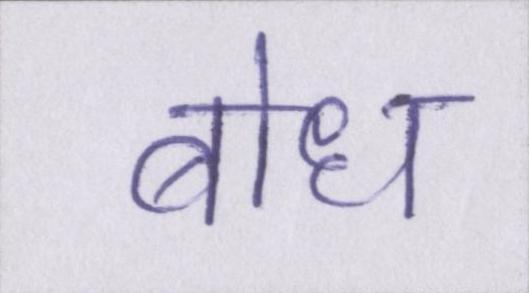
बोध